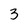
Character: 3